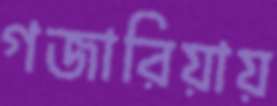
গজারিয়ায়